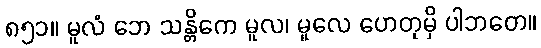
၈၅၁။ မူလံ ဘေ သန္တိကေ မူလ၊ မူလေ ဟေတုမှိ ပါဘတေ။